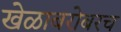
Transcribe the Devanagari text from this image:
खेळाबरोबरच